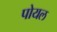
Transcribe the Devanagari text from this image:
पोयल